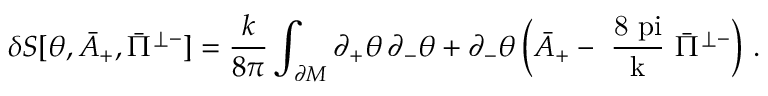
\delta S [ \theta , \bar { A } _ { + } , \bar { \Pi } ^ { \perp - } ] = \frac { k } { 8 \pi } \int _ { \partial \cal M } \partial _ { + } \theta \, \partial _ { - } \theta + \partial _ { - } \theta \left( \bar { A } _ { + } - \mathrm { ~ \frac { 8 \ p i } { k } ~ } \bar { \Pi } ^ { \perp - } \right) \, .